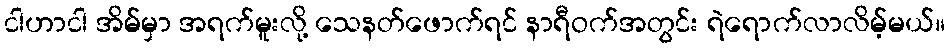
ငါဟာငါ အိမ်မှာ အရက်မူးလို့ သေနတ်ဖောက်ရင် နာရီဝက်အတွင်း ရဲရောက်လာလိမ့်မယ်။